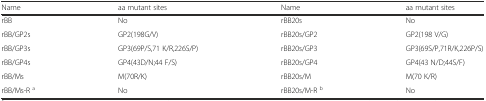
| Name | aa mutant sites | Name | aa mutant sites |
 | --- | --- | --- | --- |
 | rBB | No | rBB20s | No |
 | rBB/GP2s | GP2(198G/V) | rBB20s/GP2 | GP2(198 V/G) |
 | rBB/GP3s | GP3(69P/S,71 K/R,226S/P) | rBB20s/GP3 | GP3(69S/P,71R/K,226P/S) |
 | rBB/GP4s | GP4(43D/N;44 F/S) | rBB20s/GP4 | GP4(43 N/D;44S/F) |
 | rBB/Ms | M(70R/K) | rBB20s/M | M(70 K/R) |
 | rBB/Ms-R a | No | rBB20s/M-R b | No |